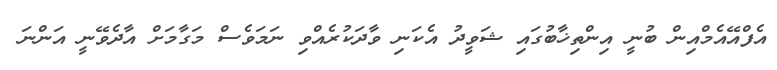
އެފްއޭއެމްއިން ބުނީ އިންތިޚާބުގައި ޝަވީދު އެކަނި ވާދަކުރެއްވި ނަމަވެސް މަގާމަށް އާދެވޭނީ އަންނަ